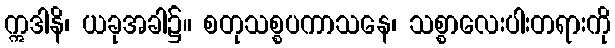
ဣဒါနိ၊ ယခုအခါ၌။ စတုသစ္စပကာသနေ၊ သစ္စာလေးပါးတရားကို